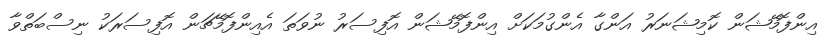
އިންފޮމޭޝަން ކޮމިޝަނަރު އަންގާ އެންގުމަކަށް އިންފޮމޭޝަން އޮފިސަރު ނުވަތަ އެއިންފޮމޭޗަން އޮފިސަރަކު ނިސްބަތްވާ